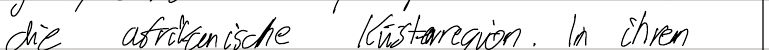
die afrikanische Küstenregion. In ihren